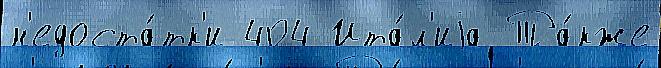
н'едоста́тк'и 404 Ита́л'иjа Та́кже